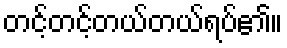
တင့်တင့်တယ်တယ်ရပ်၏။